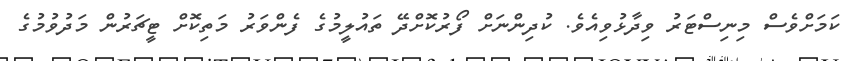
ކަމަށްވެސް މިނިސްޓަރު ވިދާޅުވިއެވެ. ކުދިންނަށް ފޯރުކޮށްދޭ ތައުލީމުގެ ފެންވަރު މަތިކޮށް ޓީޗަރުން މަދުވުމުގެ